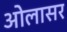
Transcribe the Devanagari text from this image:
ओलासर